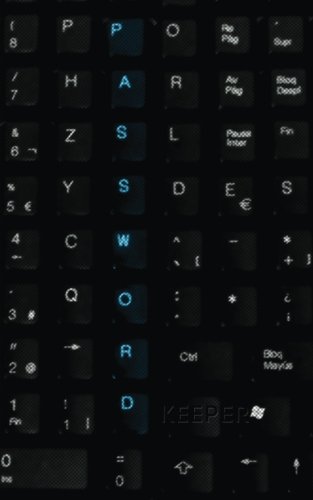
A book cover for Password Keeper: Password Reminder Book (Keyboard Cover); Cool Journals; Computers & Technology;